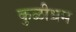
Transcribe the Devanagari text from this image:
कुळीभ्रम